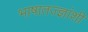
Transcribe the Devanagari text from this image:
भाषातज्ज्ञांशी